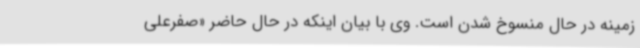
زمینه در حال منسوخ شدن است. وی با بیان اینکه در حال حاضر «صفرعلی